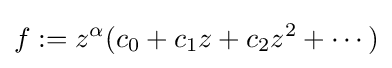
f:=z^{\alpha }(c_{0}+c_{1}z+c_{2}z^{2}+\cdots )